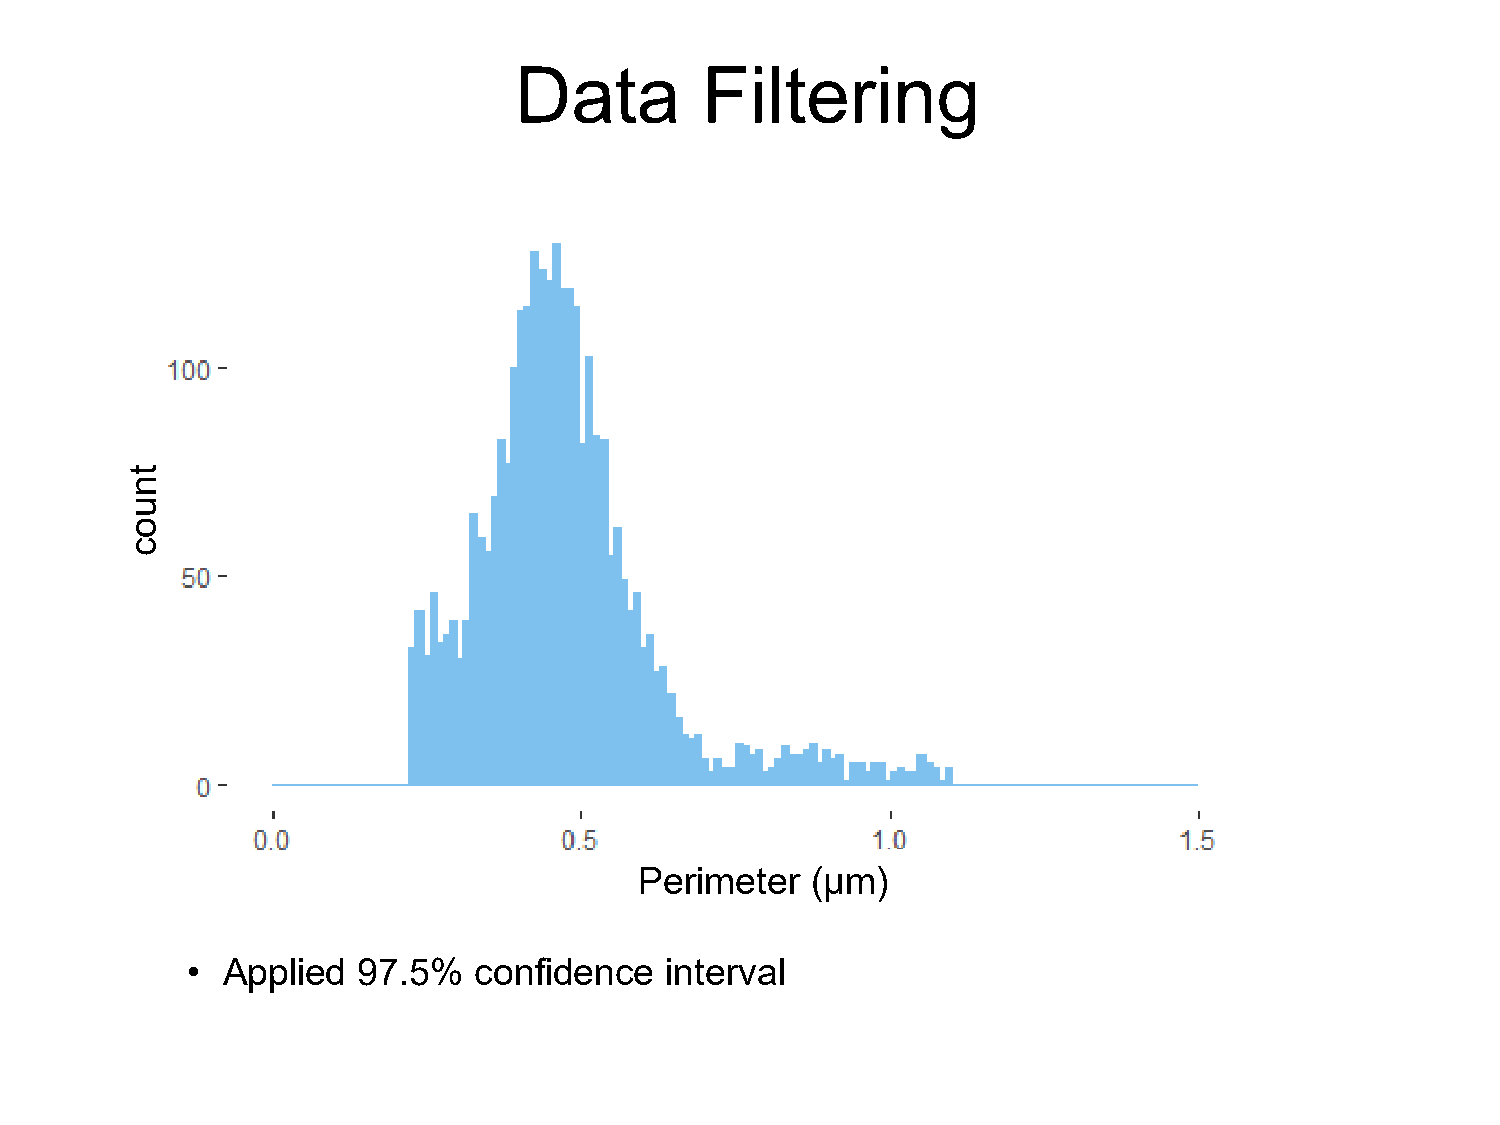
Data        Filtering
 Perimeter   (µm)
 •  Applied  97.5%  confidence   interval
 tnuoc